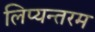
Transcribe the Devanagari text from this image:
लिप्यन्तरम